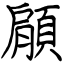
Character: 顅